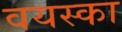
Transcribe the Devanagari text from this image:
वयस्का